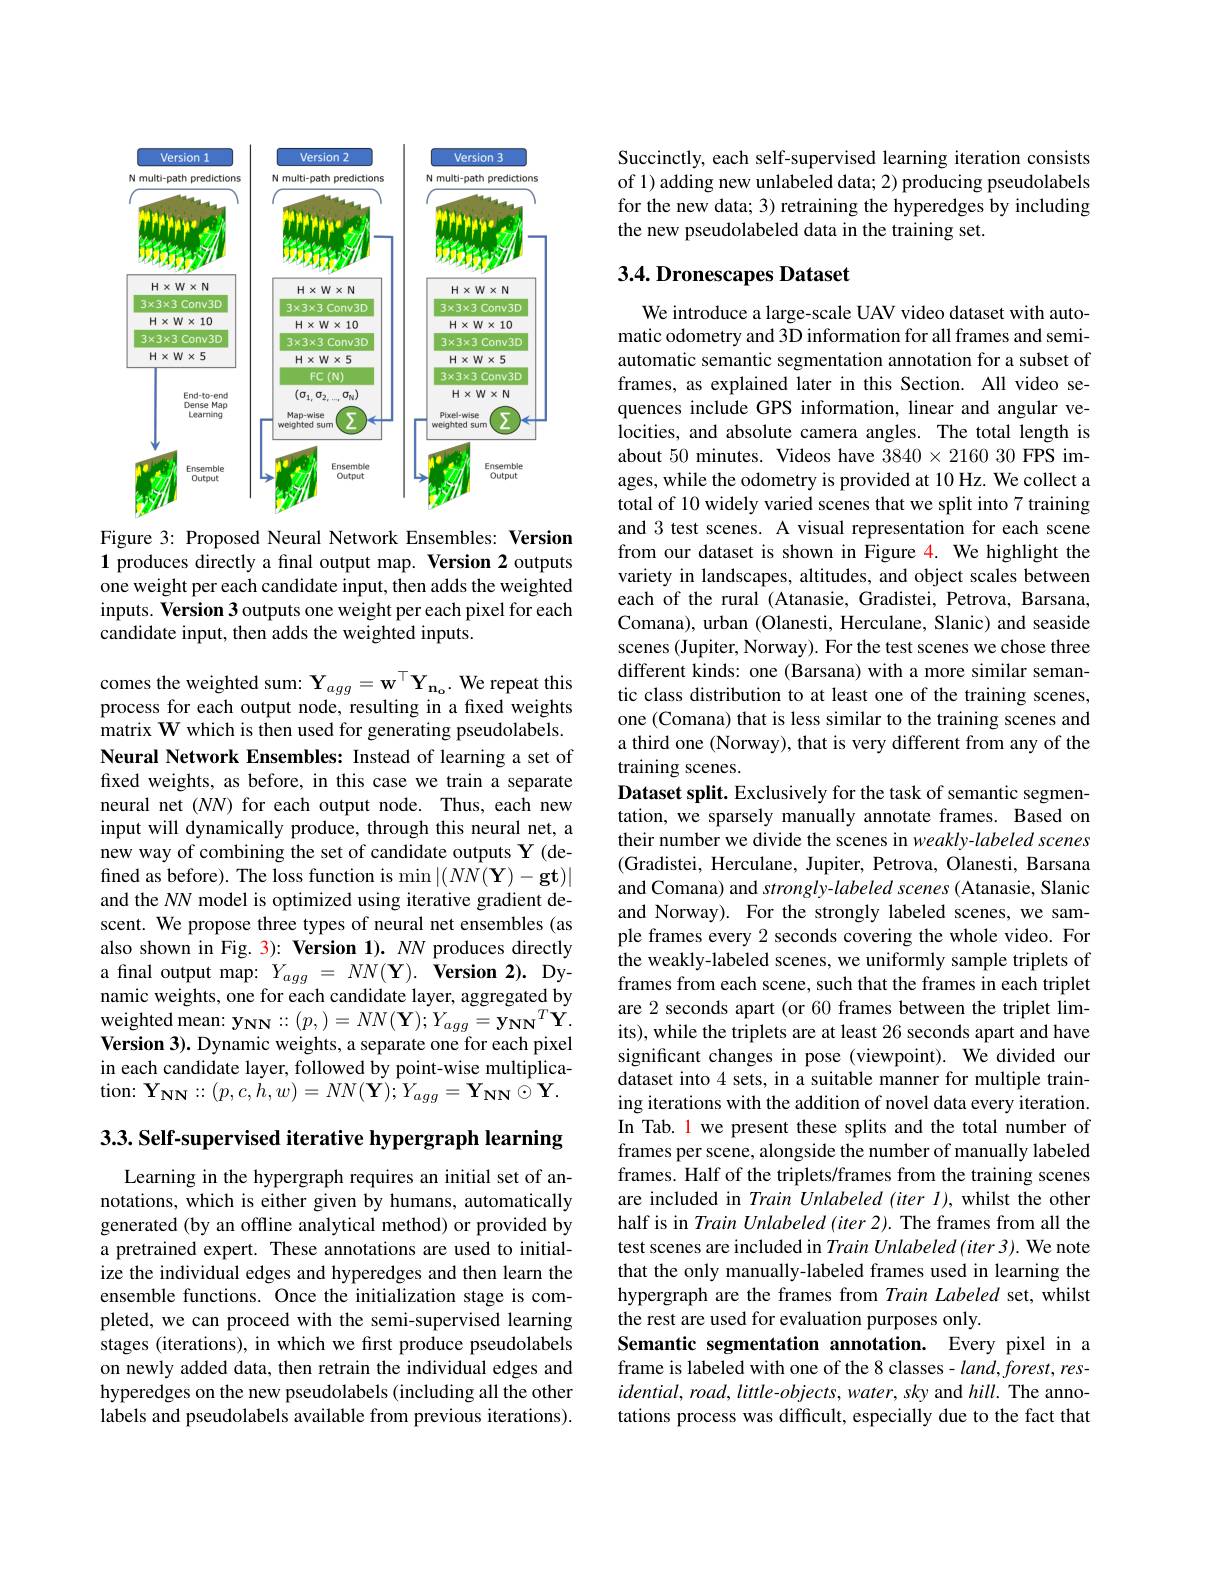
<FigureHere>

Figure 3: Proposed Neural Network Ensembles: Version $\hat{1}$ produces directly a final output map. Version 2 outputs one weight per each candidate input, then adds the weighted inputs. Version 3 outputs one weight per each pixel for each candidate input, then adds the weighted inputs.

comes the weighted sum: $\mathbf{Y}_{agg}=\mathbf{w}^{\top}\mathbf{Y}_{\mathbf{n}_{\mathrm{o}}}.$ We repeat this process for each output node, resulting in a fixed weights matrix W which is then used for generating pseudolabels. Neural Network Ensembles: Instead of learning a set of fixed weights, as before, in this case we train a separate neural net $(NN)$ for each output node. Thus, each new input will dynamically produce, through this neural net, a new way of combining the set of candidate outputs Y (defined as before). The loss function is min $|(NN(\mathbf{Y})-\mathbf{gt})|$ and the NN model is optimized using iterative gradient descent. We propose three types of neural net ensembles (as also shown in Fig. 3): Version 1). NN produces directly a final output map: $Y_{agg}=N\dot{N}(\mathbf{Y}).\dot{\mathbf{V}}$ersion 2). Dynamic weights, one for each candidate layer, aggregated by weighted mean: $y_{NN}$: : $( p, ) = NN( \mathbf{Y} ) ; Y_{agg}= \mathbf{y_{NN}} ^{T}\mathbf{Y} .$ Version 3). Dynamic weights, a separate one for each pixel in each candidate layer, followed by point-wise multiplication: $Y_{NN}$: $: ( p, c, \dot{h} , w) = NN( \mathbf{Y} ) ; Y_{agg}= \mathbf{Y_{NN}\odot Y}.$

3.3. Self-supervised iterative hypergraph learning

Learning in the hypergraph requires an initial set of annotations, which is either given by humans, automatically generated (by an offline analytical method) or provided by a pretrained expert. These annotations are used to initialize the individual edges and hyperedges and then learn the ensemble functions. Once the initialization stage is completed, we can proceed with the semi-supervised learning stages (iterations), in which we first produce pseudolabels on newly added data, then retrain the individual edges and hyperedges on the new pseudolabels (including all the other labels and pseudolabels available from previous iterations).

Succinctly, each self-supervised learning iteration consists of 1) adding new unlabeled data; 2) producing pseudolabels for the new data; 3) retraining the hyperedges by including the new pseudolabeled data in the training set.

# 3.4. Dronescapes Dataset

We introduce a large-scale UAV video dataset with automatic odometry and 3D information for all frames and semiautomatic semantic segmentation annotation for a subset of frames, as explained later in this Section. All video sequences include GPS information, linear and angular velocities, and absolute camera angles. The total length is about 50 minutes. Videos have $3840\times2160$ 30 FPS images, while the odometry is provided at 10 Hz. We collect a total of 10 widely varied scenes that we split into 7 training and 3 test scenes. A visual representation for each scene from our dataset is shown in Figure 4. We highlight the variety in landscapes, altitudes, and object scales between each of the rural (Atanasie, Gradistei, Petrova, Barsana, Comana), urban (Olanesti, Herculane, Slanic) and seaside scenes (Jupiter, Norway). For the test scenes we chose three different kinds: one (Barsana) with a more similar semantic class distribution to at least one of the training scenes, one (Comana) that is less similar to the training scenes and a third one (Norway), that is very different from any of the training scenes.
Dataset split. Exclusively for the task of semantic segmentation, we sparsely manually annotate frames. Based on their number we divide the scenes in weakly-labeled scenes (Gradistei, Herculane, Jupiter, Petrova, Olanesti, Barsana and Comana) and strongly-labeled scenes (Atanasie, Slanic and Norway). For the strongly labeled scenes, we sample frames every 2 seconds covering the whole video. For the weakly-labeled scenes, we uniformly sample triplets of frames from each scene, such that the frames in each triplet are 2 seconds apart (or 60 frames between the triplet limits), while the triplets are at least 26 seconds apart and have significant changes in pose (viewpoint). We divided our dataset into 4 sets, in a suitable manner for multiple training iterations with the addition of novel data every iteration. In Tab. 1 we present these splits and the total number of frames per scene, alongside the number of manually labeled frames. Half of the triplets/frames from the training scenes are included in Train Unlabeled (iter I), whilst the other half is in Train Unlabeled (iter 2). The frames from all the test scenes are included in Train Unlabeled (iter 3). We note that the only manually-labeled frames used in learning the hypergraph are the frames from Train Labeled set, whilst the rest are used for evaluation purposes only.
Semantic segmentation annotation. Every pixel in a frame is labeled with one of the 8 classes - $land,forest,res-$ $idential,road,little-objects,water,sky$ and $hill.$ The annotations process was difficult, especially due to the fact that